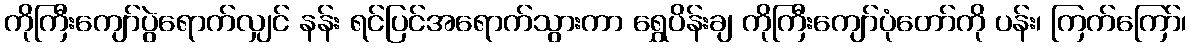
ကိုကြီးကျော်ပွဲရောက်လျှင် နန်း ရင်ပြင်အရောက်သွားကာ ရွှေပိန်းချ ကိုကြီးကျော်ပုံတော်ကို ပန်း၊ ကြက်ကြော်၊